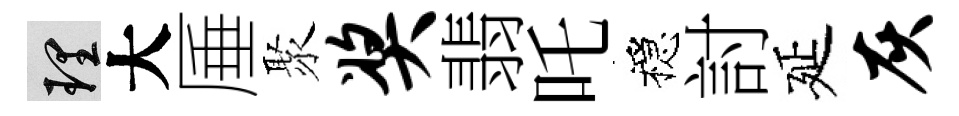
理大厜聚奖翡吒穩討延灰